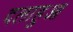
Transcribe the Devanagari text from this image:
दलाहुआ